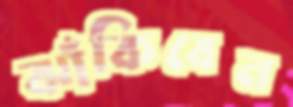
ঝাঁকিবেন